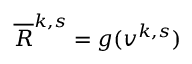
\begin{array} { r } { \overline { { R } } ^ { k , s } = g ( v ^ { k , s } ) } \end{array}